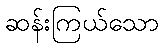
ဆန်းကြယ်သော